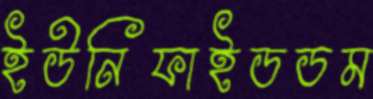
ইউনিফাইডডম